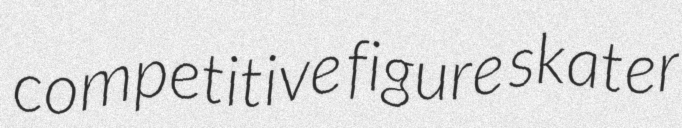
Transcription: competitive figure skater